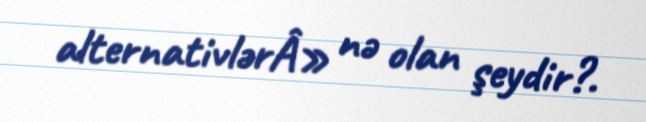
alternativlərÂ» nə olan şeydir?.